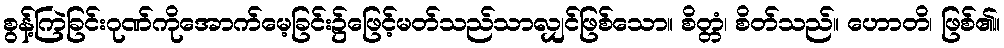
စွန့်ကြဲခြင်းဂုဏ်ကိုအောက်မေ့ခြင်း၌ဖြေင့်မတ်သည်သာလျှင်ဖြစ်သော။ စိတ္တံ၊ စိတ်သည်။ ဟောတိ၊ ဖြစ်၏။